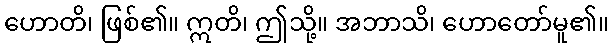
ဟောတိ၊ ဖြစ်၏။ ဣတိ၊ ဤသို့။ အဘာသိ၊ ဟောတော်မူ၏။